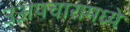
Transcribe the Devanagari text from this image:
उअपचारामध्ये